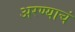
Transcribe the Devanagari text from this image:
अरण्याचं